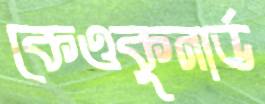
কেওকুনার্ড